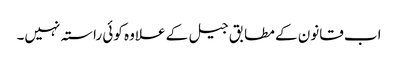
اب قانون کے مطابق جیل کے علاوہ کوئی راستہ نہیں۔